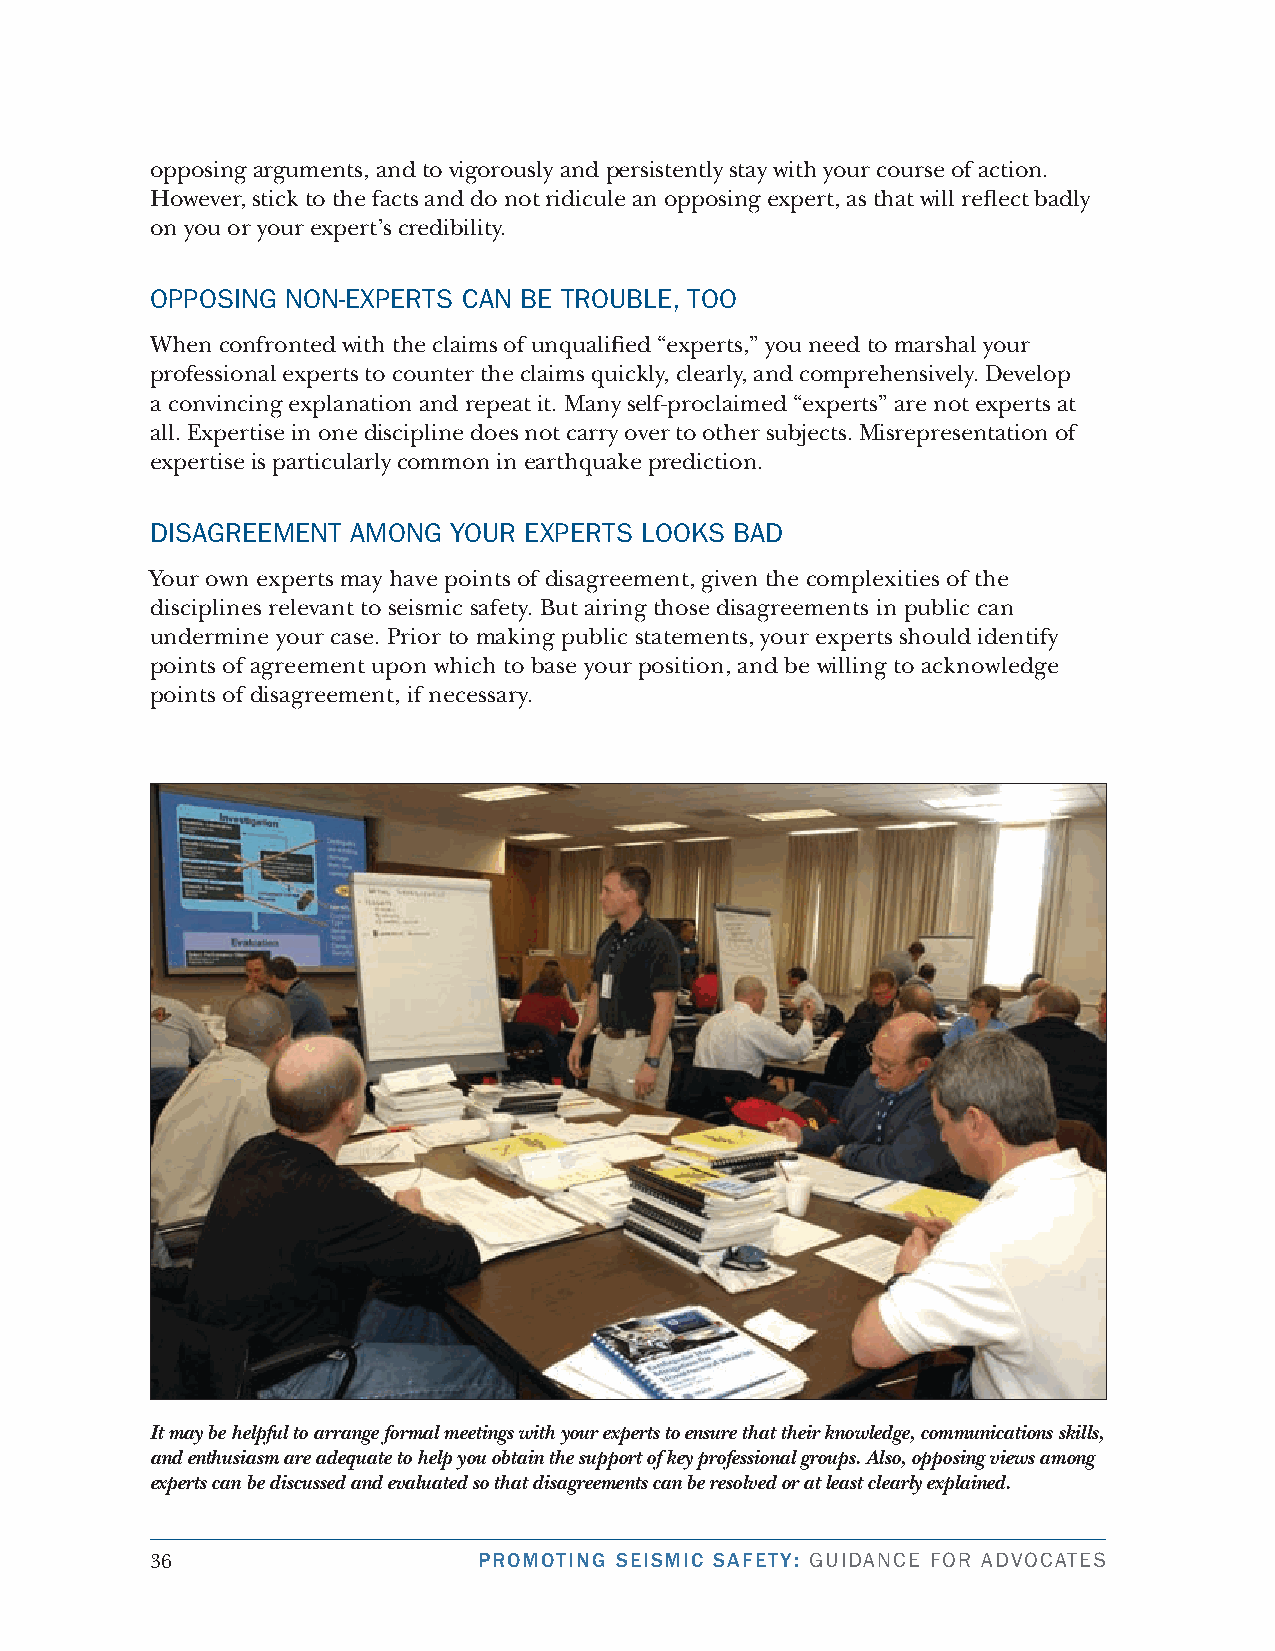
opposing arguments, and to vigorously and persistently stay with your course of action.
 However, stick to the facts and do not ridicule an opposing expert, as that will reflect badly
 on you or your expert’s credibility.
 oPPosinG non-exPerts cAn be troubLe, too
 When confronted with the claims of unqualified “experts,” you need to marshal your
 professional experts to counter the claims quickly, clearly, and comprehensively. Develop
 a convincing explanation and repeat it. Many self-proclaimed “experts” are not experts at
 all. Expertise in one discipline does not carry over to other subjects. Misrepresentation of
 expertise is particularly common in earthquake prediction.
 disAGreeMent AMonG  Your exPerts LooKs bAd
 Your own experts may have points of disagreement, given the complexities of the
 disciplines relevant to seismic safety. But airing those disagreements in public can
 undermine your case. Prior to making public statements, your experts should identify
 points of agreement upon which to base your position, and be willing to acknowledge
 points of disagreement, if necessary.
 It may be helpful to arrange formal meetings with your experts to ensure that their knowledge, communications skills,
 and enthusiasm are adequate to help you obtain the support of key professional groups. Also, opposing views among
 experts can be discussed and evaluated so that disagreements can be resolved or at least clearly explained.
 36                    PROMOTING SEISMIC SAFETY: GuidAnce for AdvocAtes